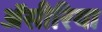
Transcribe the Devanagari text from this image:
ॲसीरिया